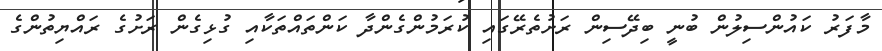
މާފަރު ކައުންސިލުން ބުނީ ބިދޭސިން ރަށުތެރޭގައި ކުރަމުންގެންދާ ކަންތައްތަކާއި ގުޅިގެން ރަށުގެ ރައްޔިތުންގެ